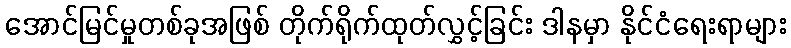
အောင်မြင်မှုတစ်ခုအဖြစ် တိုက်ရိုက်ထုတ်လွှင့်ခြင်း ဒါနမှာ နိုင်ငံရေးရာများ